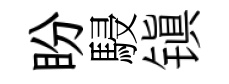
盼駸镇